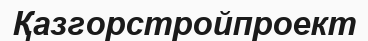
Қазгорстройпроект